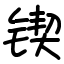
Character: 锲